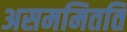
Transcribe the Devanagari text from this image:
असममितति